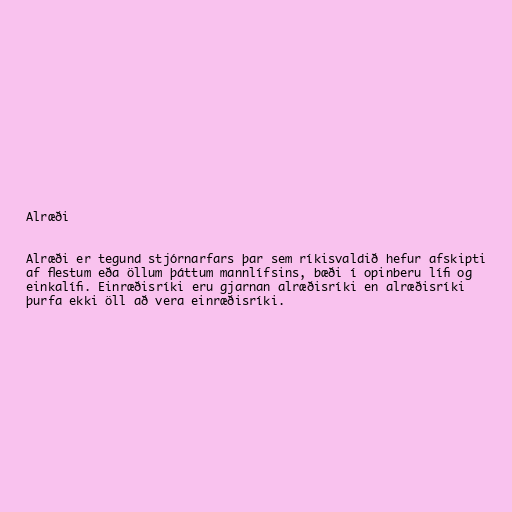
Alræði

Alræði er tegund stjórnarfars þar sem ríkisvaldið hefur afskipti
af flestum eða öllum þáttum mannlífsins, bæði í opinberu lífi og
einkalífi. Einræðisríki eru gjarnan alræðisríki en alræðisríki
þurfa ekki öll að vera einræðisríki.